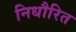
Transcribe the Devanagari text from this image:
निधौरित